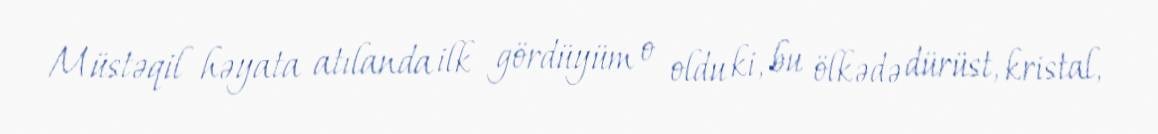
Müstəqil həyata atılanda ilk gördüyüm o oldu ki, bu ölkədə dürüst, kristal,